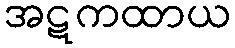
အဋကထာယ